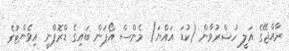
ރާއްޖޭގެ އަލީ ހުޝްރުވާން (ކުޑަ އައްޔަ) މެންސް އޯޕަން ބައިގެ ޑްރޮޕްނީ އިވެންޓުގެ